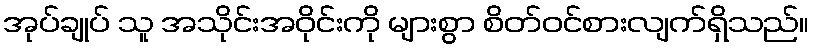
အုပ်ချုပ် သူ အသိုင်းအဝိုင်းကို များစွာ စိတ်ဝင်စားလျက်ရှိသည်။